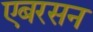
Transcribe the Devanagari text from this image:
एबरसन